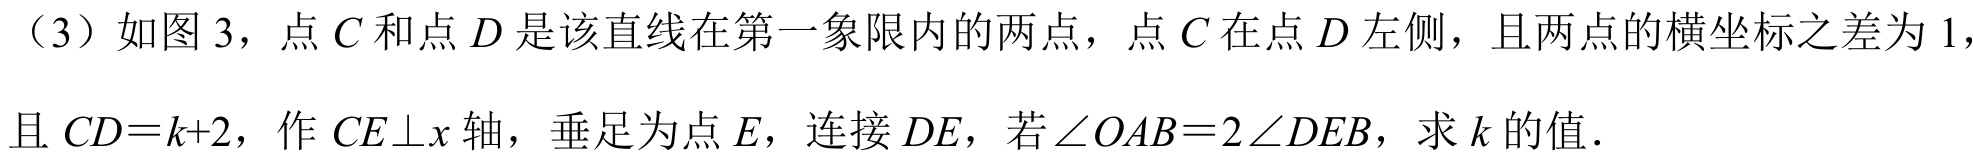
（3）如图 3，点\(C\)和点\(D\)是该直线在第一象限内的两点，点\(C\)在点\(D\)左侧，且两点的横坐标之差为\(1\)，且\(CD = k + 2\)，作\(CE\perp x\)轴，垂足为点\(E\)，连接\(DE\)，若\(\angle OAB = 2\angle DEB\)，求\(k\)的值．